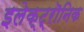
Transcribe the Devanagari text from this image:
इलेक्ट्रॊनिक